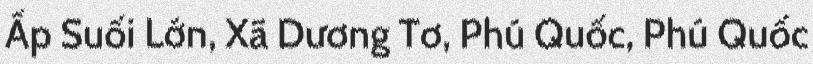
Ấp Suối Lớn, Xã Dương Tơ, Phú Quốc, Phú Quốc